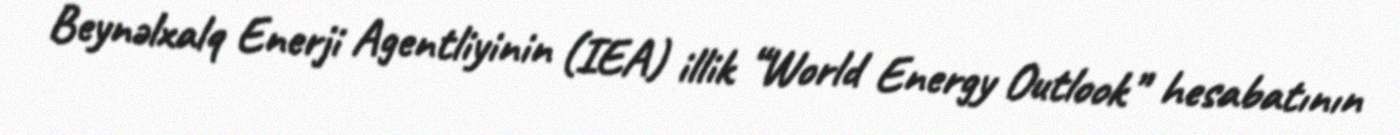
Beynəlxalq Enerji Agentliyinin (IEA) illik “World Energy Outlook” hesabatının